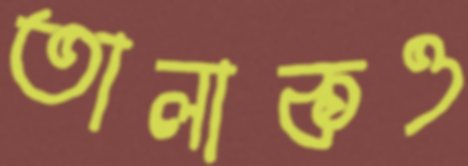
তালাকও